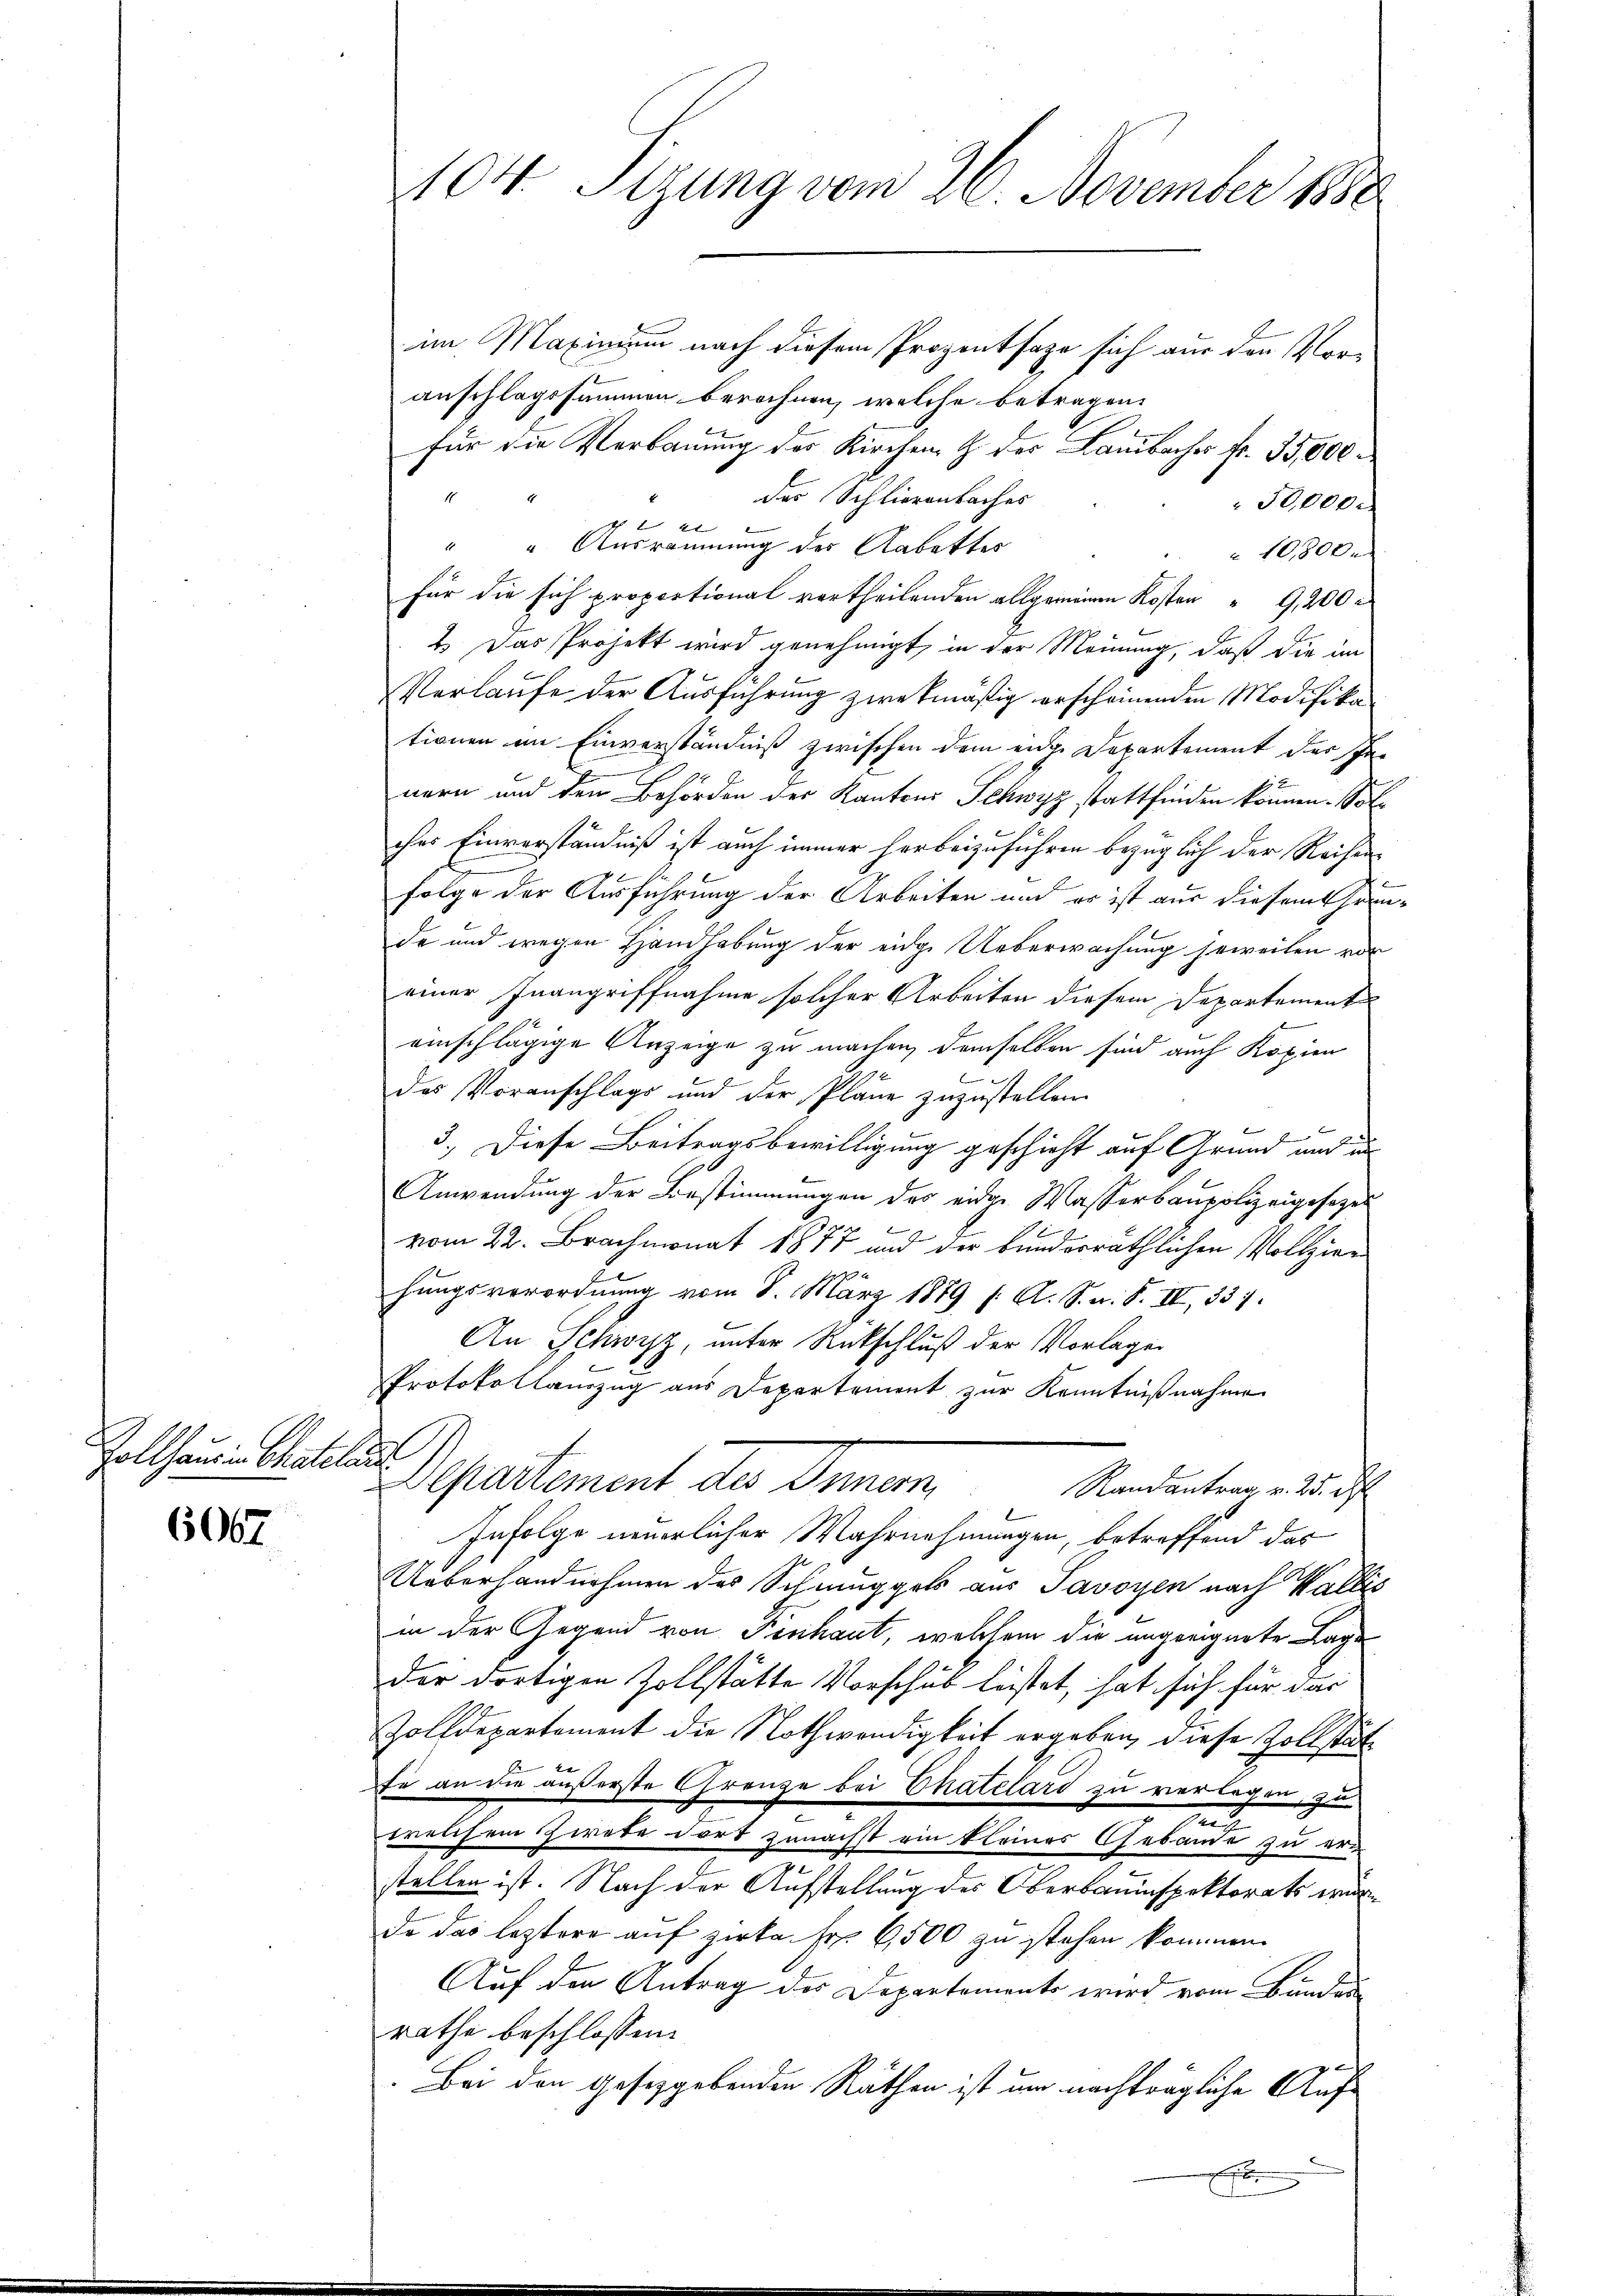
Zollhaus in Chateli

6067

104. Sizung vom 26. November 1880

im Maxinium nach diesem Prozentsage sich aus den Voranschlagssummen berechnen, welche betragen.
für die Verbauung des Kirchen, & der Lambaches fr. 35,000.
des Schlierenbaches
 50,000.
E
e
2t
" " Ausräumung des Aabettes
10,800.
für die sich proportional vortheilenden allgemeinen Kosten "G,200 r
2. Das Projekt wird genehmigt, in der Meinung, daß die im
Verlaufe der Ausführung zwekmäßig erscheinenden Modifikationen am Einverständniß zwischen dem eide Departement des Innern und den Behörden des Kantons Schwyz stattfinden können. Sol
2
ches Einverständniß ist auch immer herbeizuführen bezüglich der Reihen
folge der Ausführung der Arbeiten und es ist aus diesem theimde und wegen Handhabung der eidge Ueberwachung jeweilen vor
einer Inangriffnahme solcher Arbeiten diesem Departement
einschlägige Anzeige zu machen, demselben sind auch Kopien
E
des Voranschlags und der Pläne zuzustellen.
3.) Diese Beitragsbewilligung geschieht auf Grund und des
Anwendung der Bestimmungen des eidge Wasserbaupolizeigesezes

vom 22. Brachmonat 1877 und der bunderräthlichen Vollziehungsverordnung vom 8. März 1879 f. A. S. n. F. II, 337.
An Schwyz, unter Rückschluß der Vorlagen
Protokollauszug aus Departement zur Kenntnißnahme
I
Departement der Armen,
Randantrag v. 25. d.
Infolge neuerlicher Wahrnehmungen, betreffend das

Ueberhandnehmen des Schmuggels aus Savoyen nach Wallis
in der Gegend von Fenhaut, welchem die angeeignete Lage
der dortigen Zollstätte Vorschub leistet, hat sich für das
Zolldepartement die Nothwendigkeit ergeben, diese Zollstät
t
fe an die äußerste Grenze bei Thatelard zu verlagen, zu
0
welchem Zirete dort zunächst ein kleines Gebäude zu ern
stellen ist. Nach der Aufstellung des Oberbauinspektorats wer
do das leztere auf zirke. Fr. 6,500 zu stehen kommen.
Auf den Antrag der Departements wird vom Bunden
rathe beschlossen:
Bei den Gesetzgebenden Räthen ist um nachträgliche Aufx